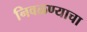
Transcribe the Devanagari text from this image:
निवळण्याचा